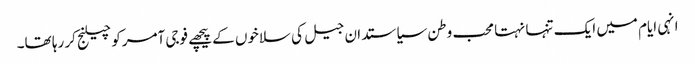
انہی ایام میں ایک تنہا نہتا محب وطن سیاستدان جیل کی سلاخوں کے پیچھے فوجی آمرکو چیلنج کر رہا تھا۔